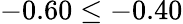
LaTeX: -0.60\leq-0.40